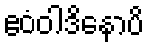
ဧဝံဝါဒိနောပိ